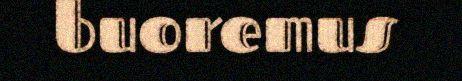
buoremus